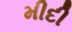
મીદી